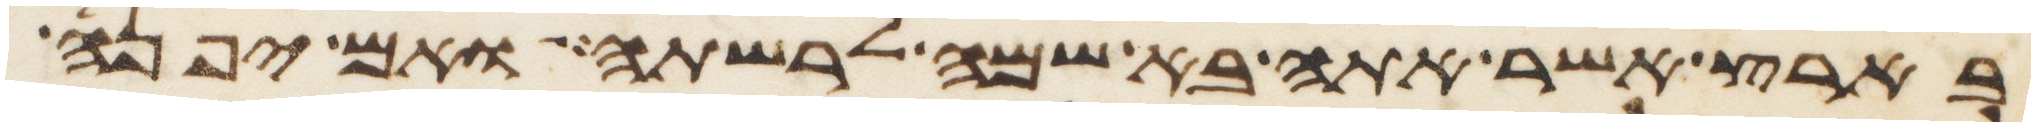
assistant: בארץ אשר אתה בא שמה לרשתה ואם יפנה